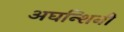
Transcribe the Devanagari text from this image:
अघन्शिनी